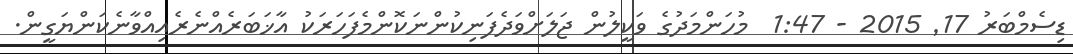
ޑިސެމްބަރު 17